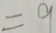
= 9